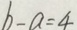
b - a = 4